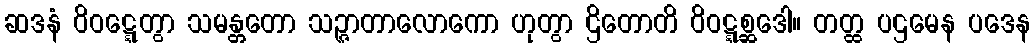
ဆဒနံ ဝိဝဋ္ဋေတွာ သမန္တတော သဉ္ဇာတာလောကော ဟုတွာ ဌိတောတိ ဝိဝဋ္ဋစ္ဆဒေါ။ တတ္ထ ပဌမေန ပဒေန